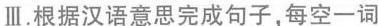
Ⅲ.根据汉语意思完成句子,每空一词